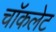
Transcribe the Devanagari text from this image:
चाॅकलेट